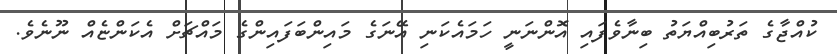
ކުއްޖާގެ ތަރުބިއްޔަތު ބިނާވެފައި އޮންނަނީ ހަމައެކަނި އޭނަގެ މައިންބަފައިންގެ މައްޗަށް އެކަންޏެއް ނޫނެވެ.